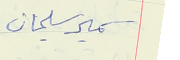
سمير سليمان